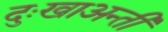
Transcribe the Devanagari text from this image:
दुःखाअन्ती